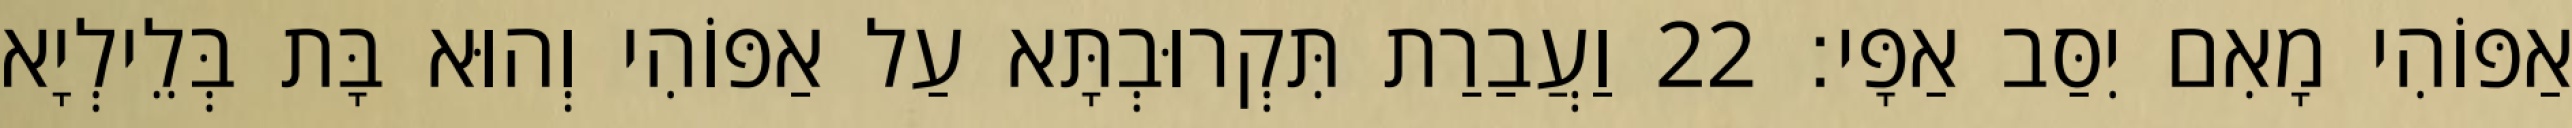
אַפּוֹהִי מָאִם יִסַּב אַפָּי׃ 22 וַעֲבַרַת תִּקְרוּבְתָּא עַל אַפּוֹהִי וְהוּא בָּת בְּלֵילְיָא